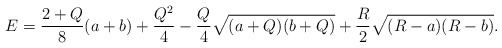
\begin{align*}E=\frac{2+Q}{8}(a+b)+\frac{Q^2}{4}-\frac{Q}{4}\sqrt{(a+Q)(b+Q)}+\frac{R}{2}\sqrt{(R-a)(R-b)}.\end{align*}